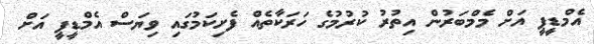
އެމްޑީޕީ އަށް މެމްބަރުން އިތުރު ކުރުމުގެ ހަރަކާތެއް ފެށިކަމުގައި ވިޔަސް އެމްޑީޕީ އަށް